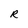
Character: R